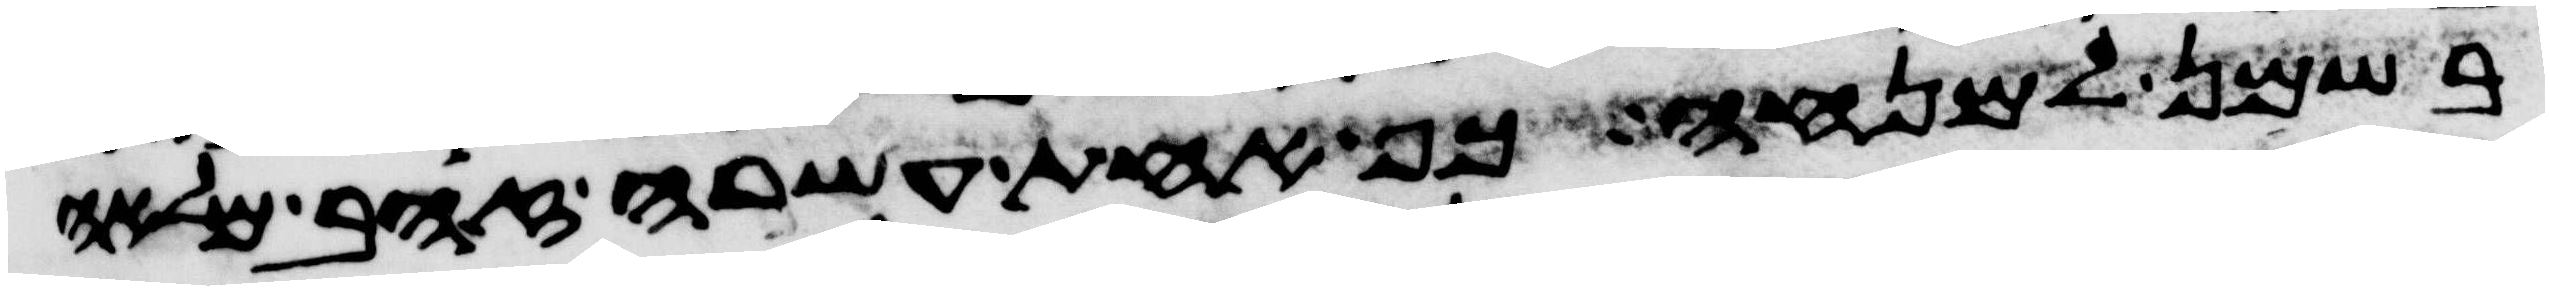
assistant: בשמן למנחה כף אחת עשרה זהב מלאה